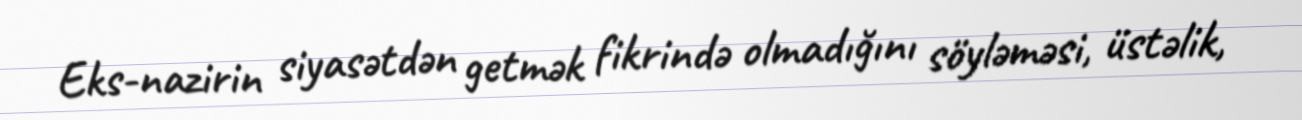
Eks-nazirin siyasətdən getmək fikrində olmadığını söyləməsi, üstəlik,